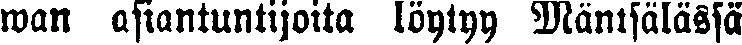
wan asiantuntijoita löytyy Mäntsälässä